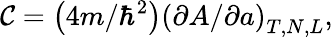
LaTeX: \mathcal{C}=\left(4m/\hbar^{2}\right)\left(\partial A/\partial a\right)_{T,N,L},